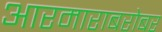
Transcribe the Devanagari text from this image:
आरमाराबरोबर